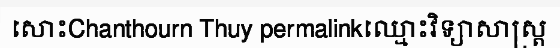
សោះChanthourn Thuy permalinkឈ្មោះវិទ្យាសាស្ត្រ